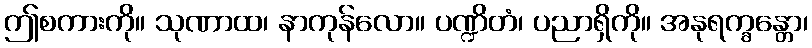
ဤစကားကို။ သုဏာထ၊ နာကုန်လော။ ပဏ္ဍိတံ၊ ပညာရှိကို။ အနုရက္ခန္တော၊